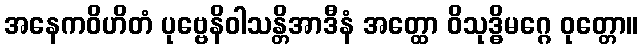
အနေကဝိဟိတံ ပုဗ္ဗေနိဝါသန္တိအာဒီနံ အတ္ထော ဝိသုဒ္ဓိမဂ္ဂေ ဝုတ္တော။